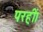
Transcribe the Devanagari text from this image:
परहीं।